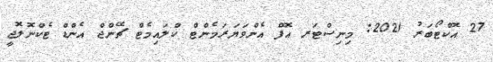
27 އޮކްޓޯބަރު 2021: މިނިސްޓަރ އޮފް އެންވަޔަރަމެންޓް ކްލައިމެޓް ޗޭންޖް އެންޑް ޓެކްނޮލޮޖީ